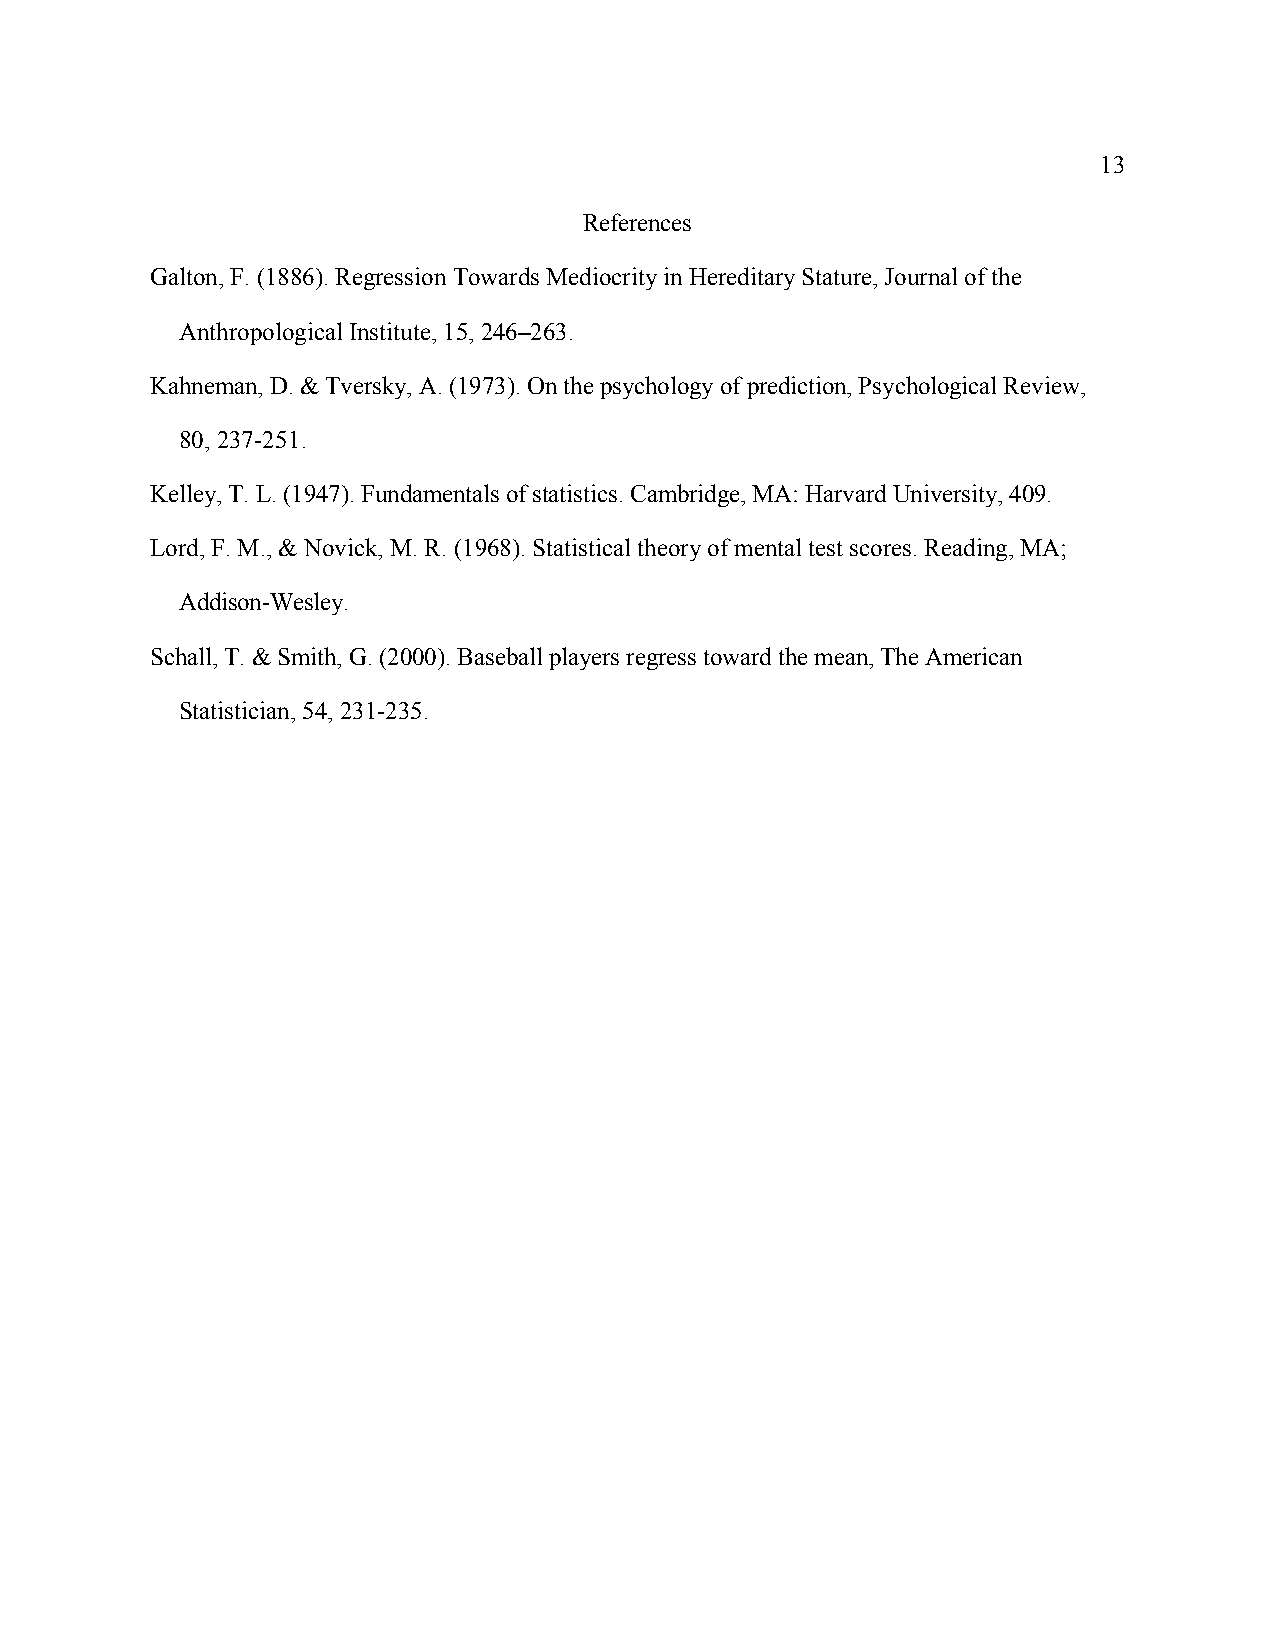
13
 References
 Galton, F. (1886). Regression Towards Mediocrity in Hereditary Stature, Journal of the
 Anthropological Institute, 15, 246–263.
 Kahneman, D. & Tversky, A. (1973). On the psychology of prediction, Psychological Review,
 80, 237-251.
 Kelley, T. L. (1947). Fundamentals of statistics. Cambridge, MA: Harvard University, 409.
 Lord, F. M., & Novick, M. R. (1968). Statistical theory of mental test scores. Reading, MA;
 Addison-Wesley.
 Schall, T. & Smith, G. (2000). Baseball players regress toward the mean, The American
 Statistician, 54, 231-235.